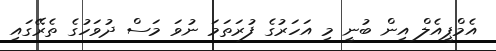
އެމްޕީއެލް އިން ބުނީ މި އަހަރުގެ ފުރަތަމަ ނުވަ މަސް ދުވަހުގެ ތެރޭގައި